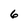
Character: 6